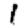
Digit: 1